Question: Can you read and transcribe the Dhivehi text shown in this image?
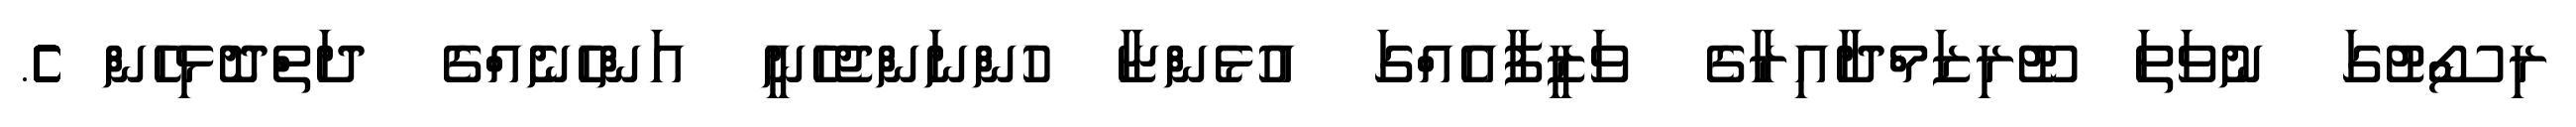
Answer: ރިސޯޓުގަ ނުވަތަ ޓޫރިޒަމްދާއިރާގެ ވަޒީފާއެއްގަ އުޅެންޏާ ހުންނަންޖެހެނީ އަންހެނެއްގެ ދަތްދޮޅިހެން ެެެެެެެެެެެެެެެެެ.